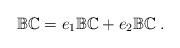
LaTeX: \begin{align*} \mathbb {BC}= e_1\mathbb {BC}+e_2\mathbb {BC}\;.\end{align*}